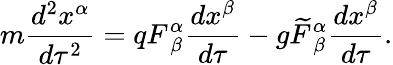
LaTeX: m\frac{d^{2}x^{\alpha}}{d\tau^{2}}=qF_{~\beta}^{\alpha}\frac{dx^{\beta}}{d\tau}-g\widetilde{F}_{~\beta}^{\alpha}\frac{dx^{\beta}}{d\tau}.